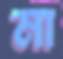
মা